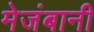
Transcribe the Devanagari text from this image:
मेजंबानी